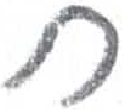
אות: ח